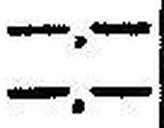
—.—